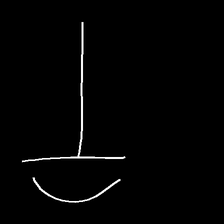
Glyph: dispersion